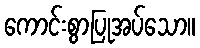
ကောင်းစွာပြုအပ်သော။